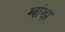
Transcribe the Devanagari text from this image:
ग्वांग्झ